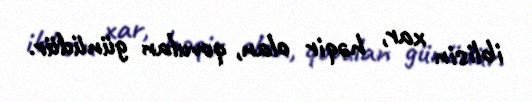
iblisin xar, həqir olan, qovulan günüdür.